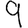
Digit: 9